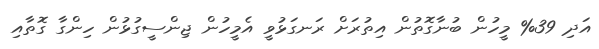
އަދި 39% މީހުން ބުނާގޮތުން އިތުރަށް ރަނގަޅުވީ އެމީހުން ޖިންސީގުޅުން ހިންގާ ގޮތާއި